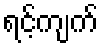
ရင့်ကျက်